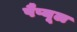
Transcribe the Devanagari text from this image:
पैप्यूल